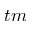
t m